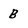
Character: B